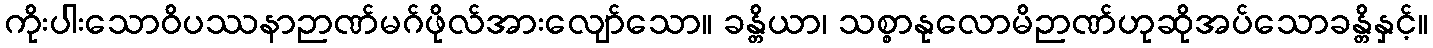
ကိုးပါးသောဝိပဿနာဉာဏ်မဂ်ဖိုလ်အားလျော်သော။ ခန္တိယာ၊ သစ္စာနုလောမိဉာဏ်ဟုဆိုအပ်သောခန္တိနှင့်။